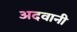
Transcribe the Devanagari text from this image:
अदवानी